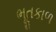
ભૂતકાળ